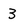
Character: 3